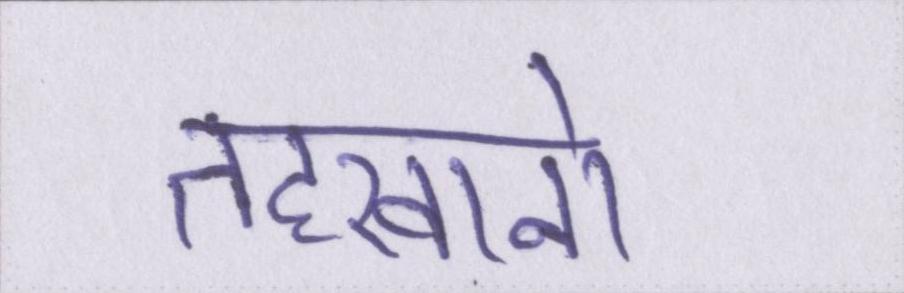
तहखानो